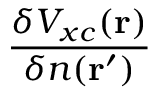
\frac { \delta V _ { x c } ( \mathbf { r } ) } { \delta n ( \mathbf { r } ^ { \prime } ) }